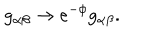
g _ { \alpha \beta } \rightarrow e ^ { - \phi } g _ { \alpha \beta } .